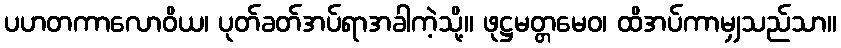
ပဟတကာလောဝိယ၊ ပုတ်ခတ်အပ်ရာအခါကဲ့သို့။ ဖုဋ္ဌမတ္တမေဝ၊ ထိအပ်ကာမျှသည်သာ။